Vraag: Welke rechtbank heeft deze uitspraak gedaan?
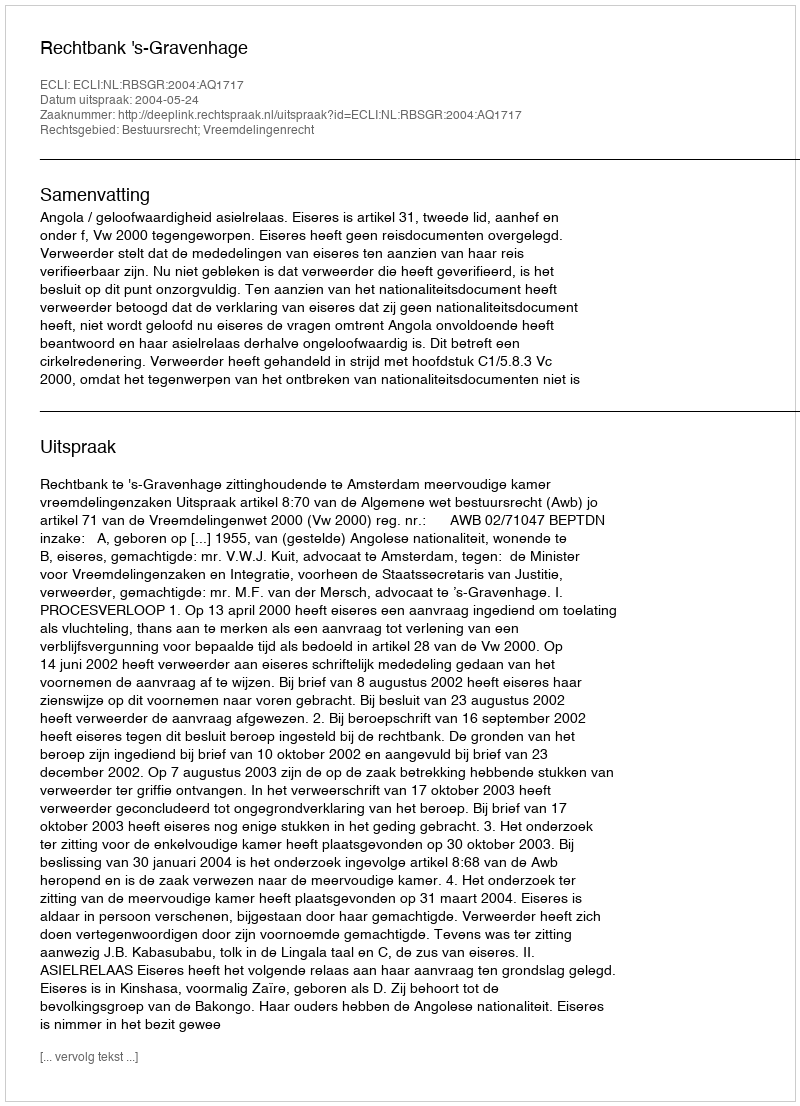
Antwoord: Rechtbank 's-Gravenhage